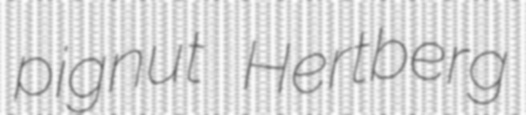
pignut Hertberg